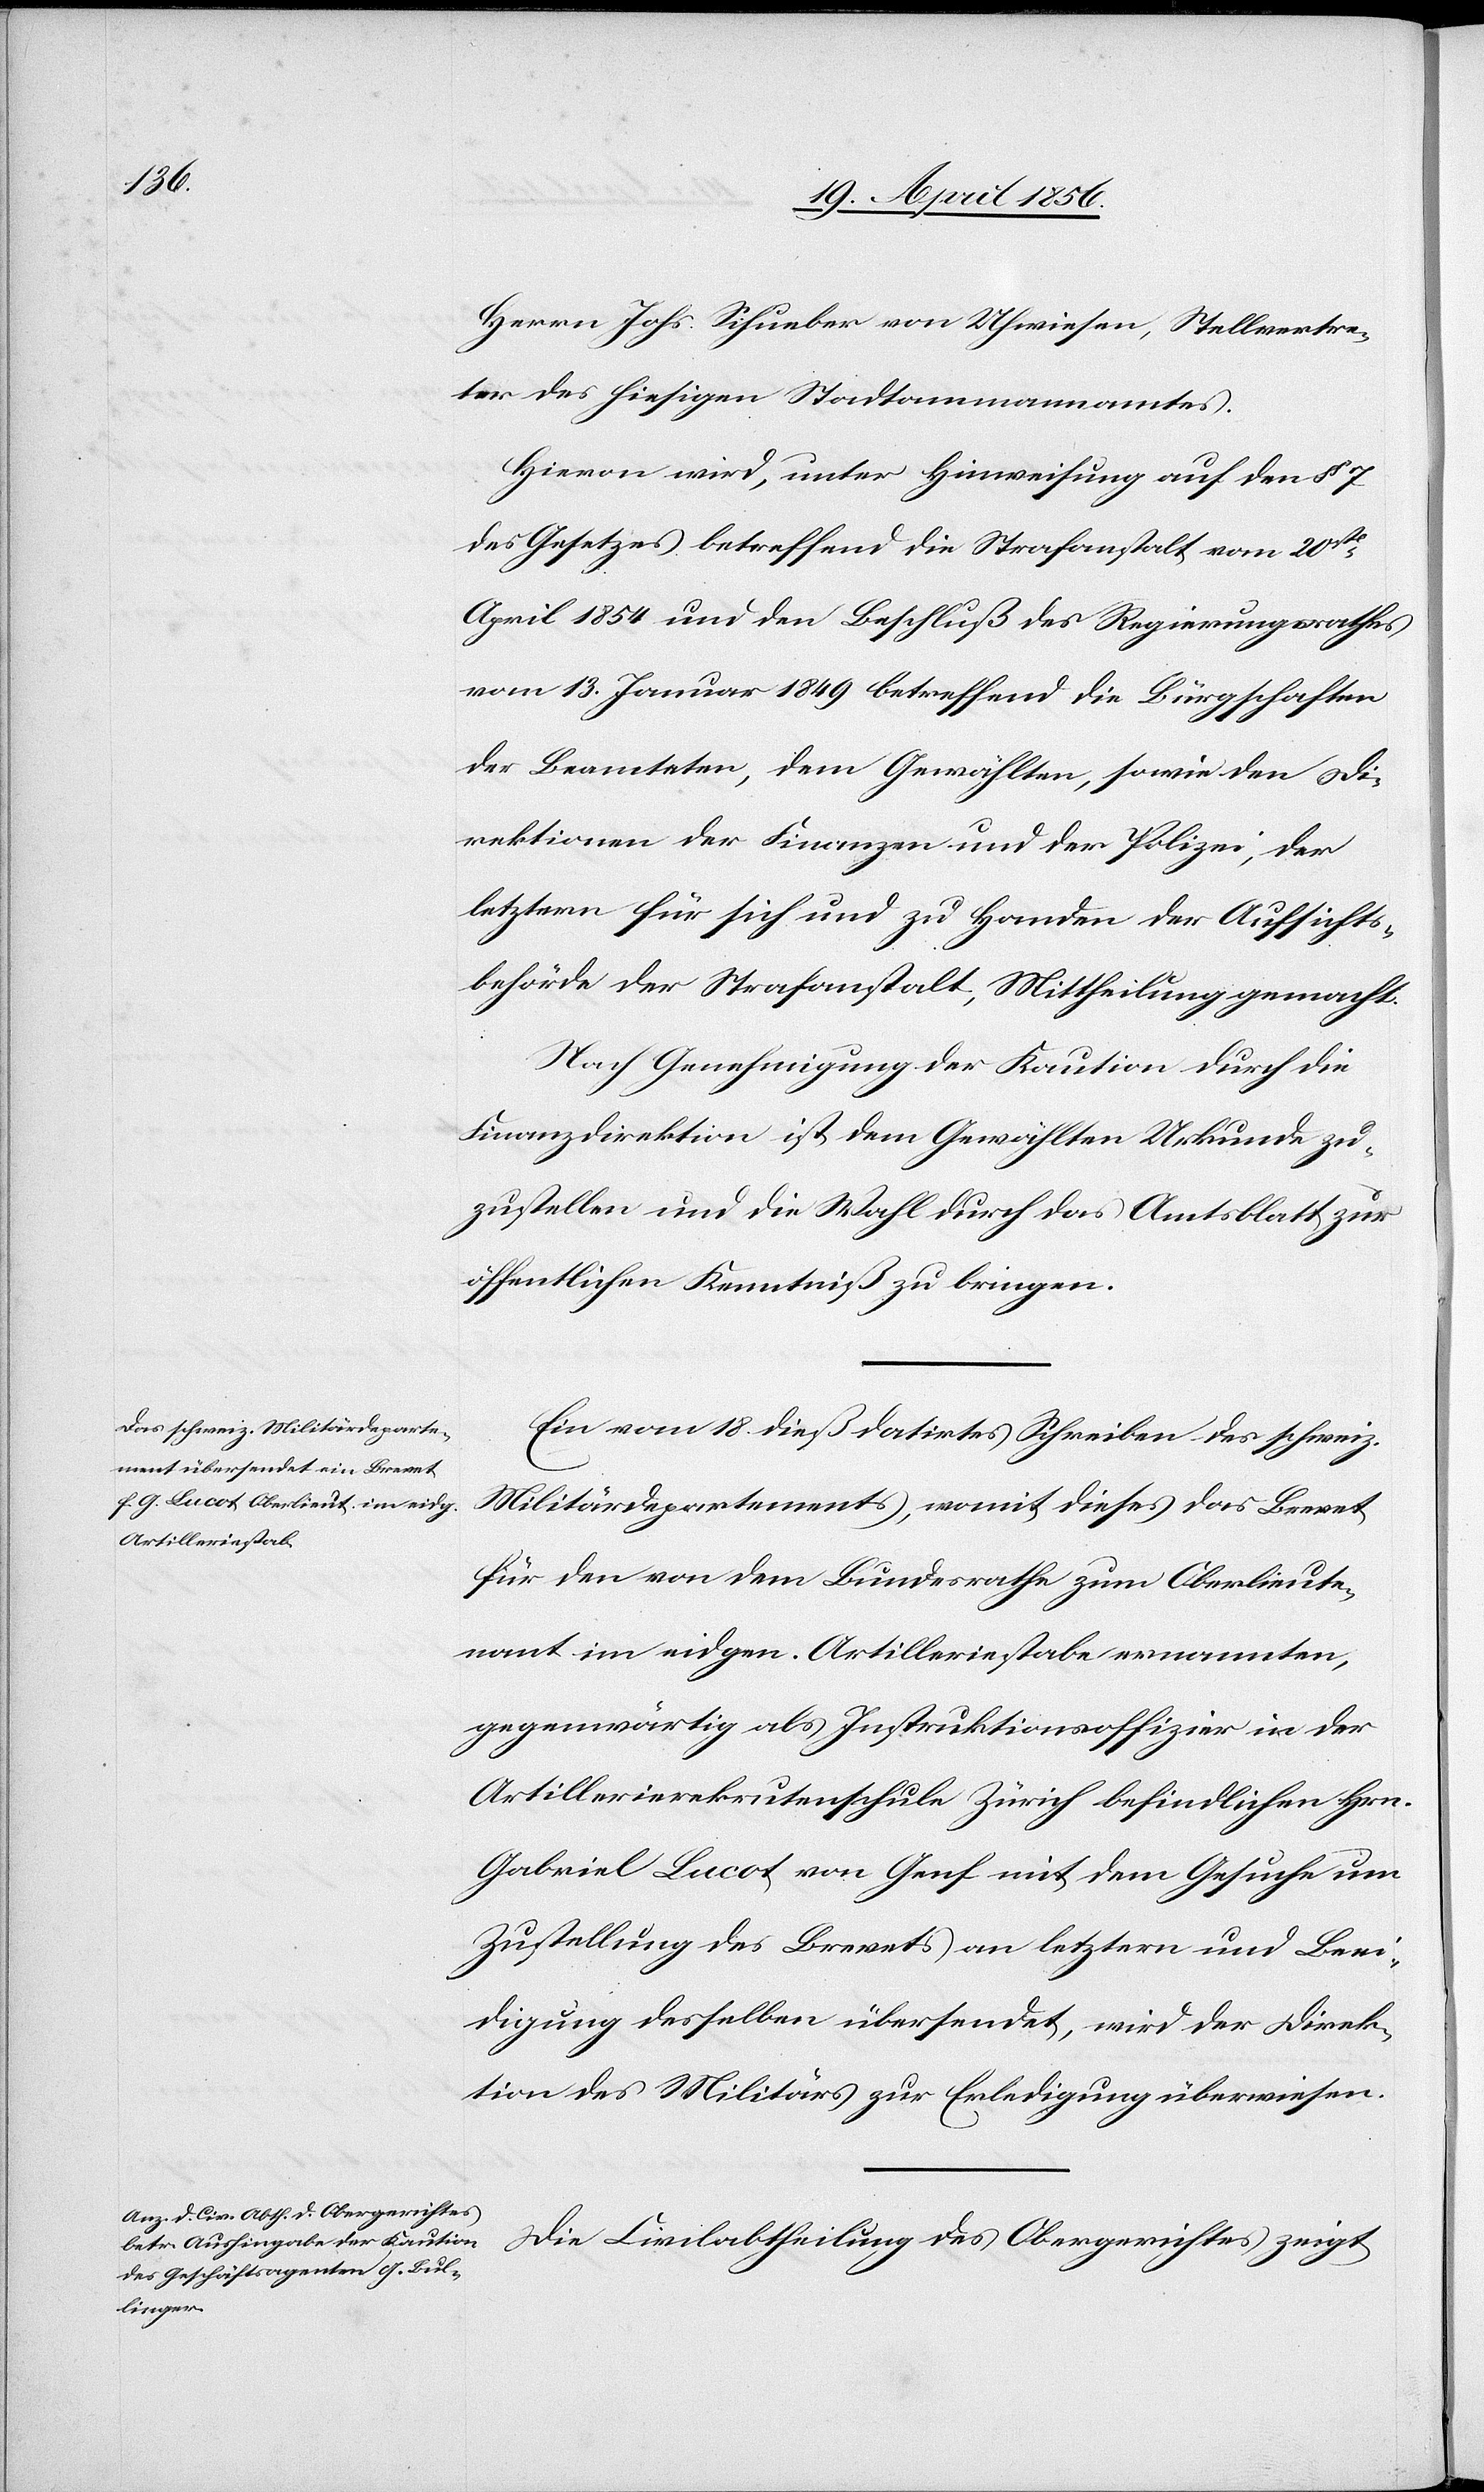
Herrn Johs. Schueber von Uhwiesen, Stellvertre¬
ter des hiesigen Stadtammannamtes.
Hievon wird, unter Hinweisung auf den § 7
des Gesetzes betreffend die Strafanstalt vom 20st
April 1854 und den Beschluß des Regierungsrathes
vom 13. Januar 1849 betreffend die Bürgschaften
der Beamteten, dem Gewählten, sowie den Di¬
rektionen der Finanzen und der Polizei, der
letztern für sich und zu Handen der Aufsichts¬
behörde der Strafanstalt, Mittheilung gemacht.
Nach Genehmigung der Kaution durch die
Finanzdirektion ist dem Gewählten Urkunde zu¬
zustellen und die Wahl durch das Amtsblatt zur
öffentlichen Kenntniß zu bringen.
Ein vom 18. dieß datirtes Schreiben des schweiz.
Militärdepartements, womit dieses das Brevet
für den von dem Bundesrathe zum Oberlieute¬
nant im eidgen. Artilleriestabe ernannten,
gegenwärtig als Instruktionsoffizier in der
Artillerierekrutenschule Zürich befindlichen Hrn.
Gabriel Lucot von Genf mit dem Gesuche um
Zustellung des Brevets an letztern und Beei¬
digung desselben übersendet, wird der Direk¬
tion des Militärs zur Erledigung überwiesen.
Die Civilabtheilung des Obergerichtes zeigt